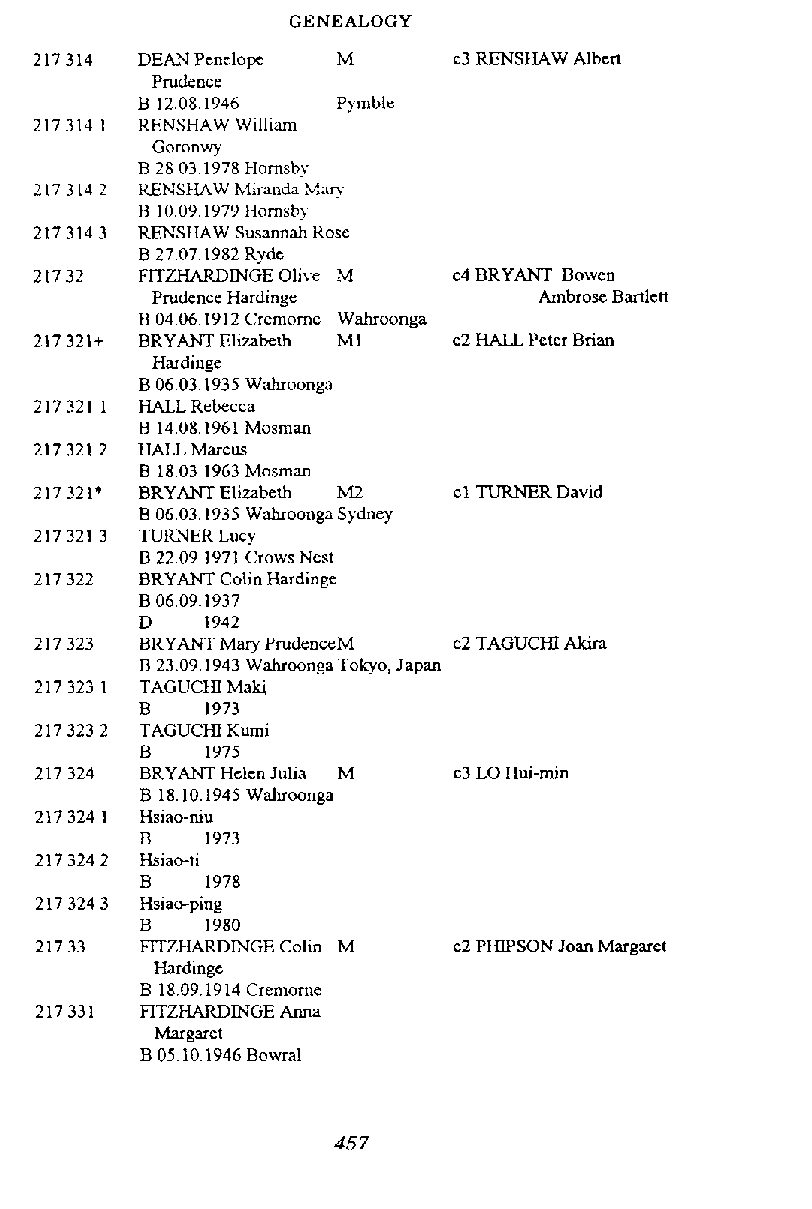
GENEALOGY
 DEAN Penelope M      c3 RENSHAW Albcrt
 Prudence
 B 1208.1946  Pyrnble
 RFNSHAW William
 Goronwy
 R 2803.1978 Hornsby
 KENSiIAW Miranda MA?
 B 1009,1979 11ornsb)
 RENSHAW Susmah Rose
 B 2707.1982 Ryde
 FITZHARDINGE Olive M c4 BRYANT Bowcn
 Pmdcnce Hardinge          Ambrosc Bartlctt
 B 04.061912 Cremorne Wahroonga
 BRYANT Elizabeth MI  c2 HW Peter Brian
 Hardinge
 B 0603.1935 Wahroonga
 HALL Rebecca
 B 14.081961 Mosman
 HALL Marcus
 B 18.03.1963 Mosman
 BRYANT Elizabeth M2  cl TURNER David
 B 0603.1935 Wahroonga Sydney
 TURNER Lucy
 B 2209.1971 Crows Nest
 BRYAM Colin Hardinge
 BRYANT M;uy PmdcnccM c2 TAGUCHI Akm
 B 23.09.1943 Wdumnga Tokyo, Japan
 TAGUCIiI Makl
 B    1973
 TAGUCHI Kumi
 B    1975
 BRYANT Hclen Julia M c3 LO Hui-min
 B 18.10.1945 Wahroonga
 Hsiao-ti
 B    1978
 Hsiao-ping
 B    1980
 FITZHARDWGE Colm M   c2 PHIPSON Joan Margaret
 Hardinge
 B 18.09.1914 Cremorne
 RTZHARDINGE Anna
 Margaret
 B 05.10.1946 Bowral